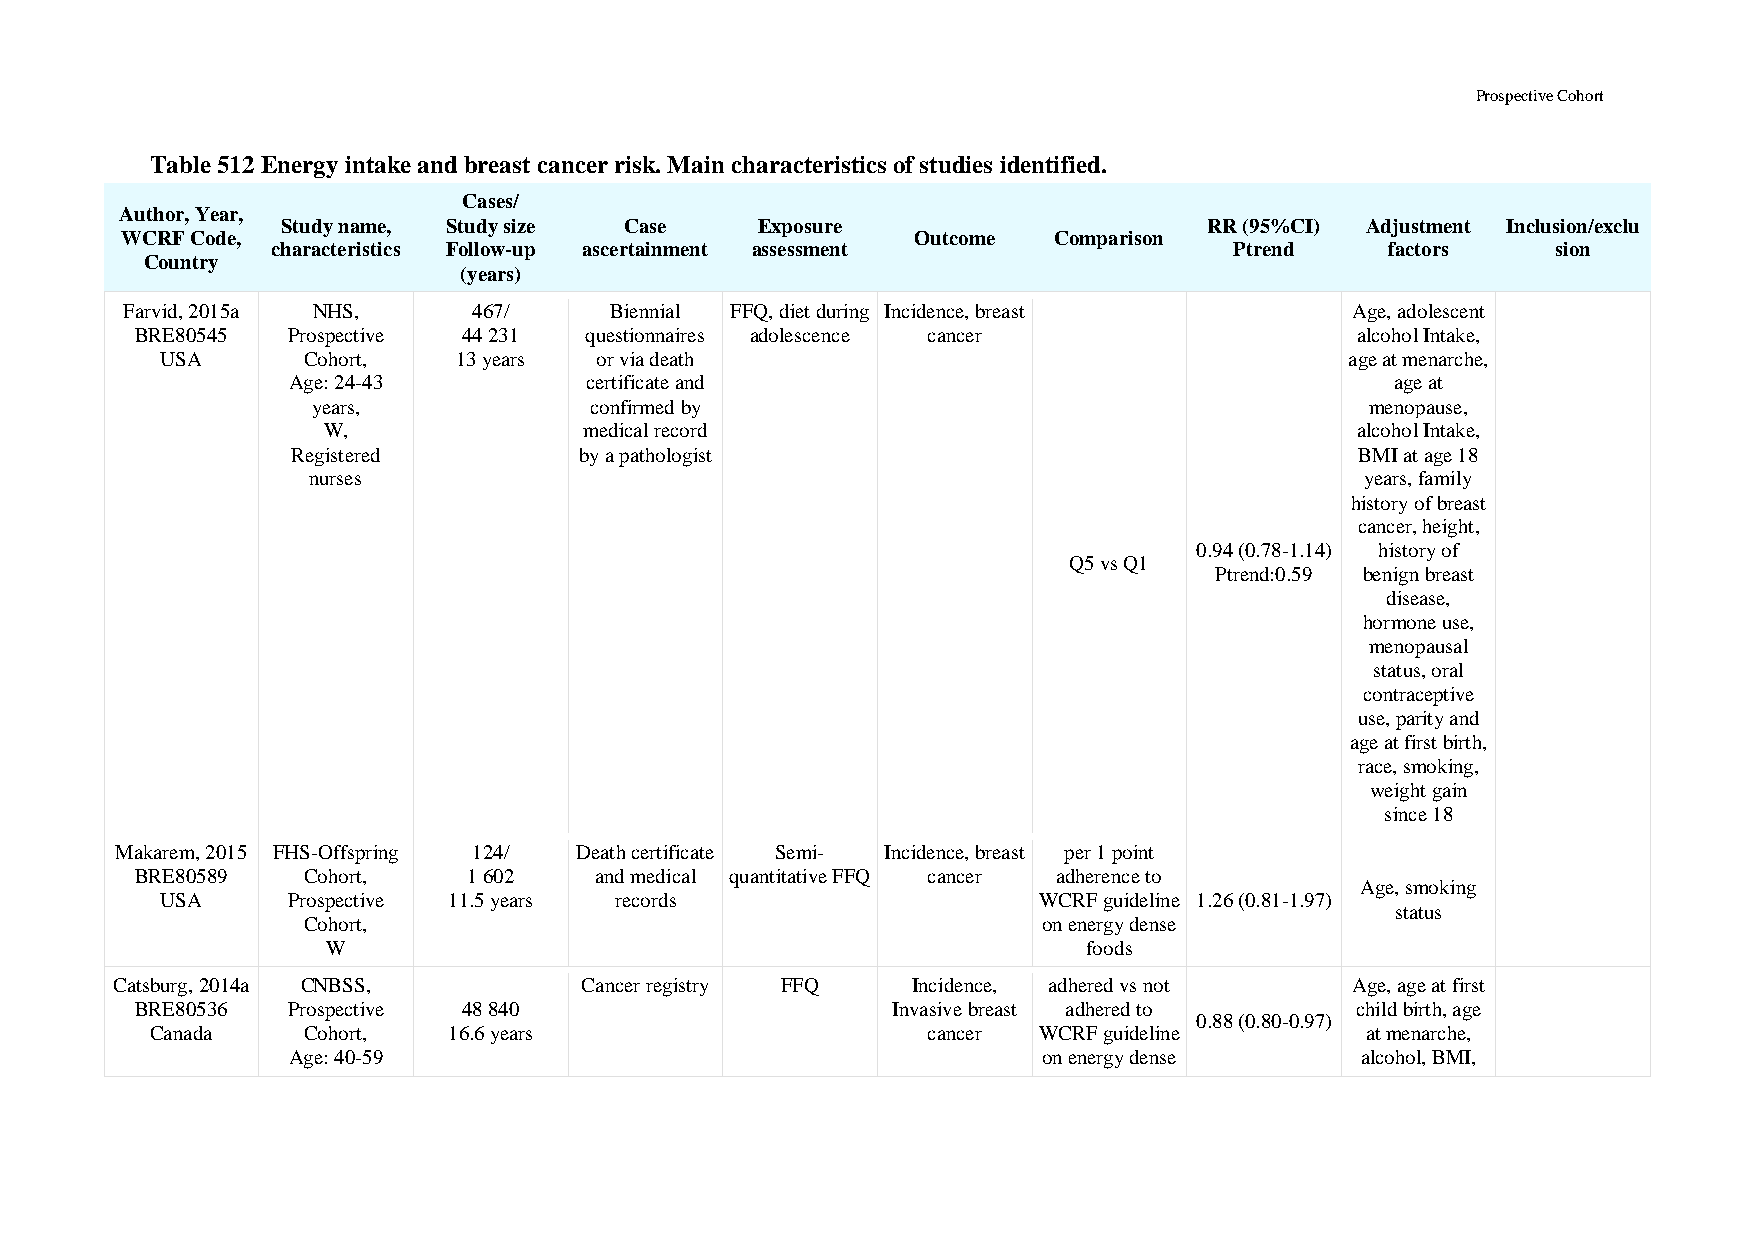
Prospective Cohort
 Table 512 Energy intake and breast cancer risk. Main characteristics of studies identified.
 Cases/
 Author, Year,
 Study name, Study size Case    Exposure                      RR (95%CI) Adjustment Inclusion/exclu
 WCRF Code,                                           Outcome  Comparison
 characteristics Follow-up ascertainment assessment              Ptrend    factors    sion
 Country
 (years)
 Farvid, 2015a NHS,     467/     Biennial FFQ, diet during Incidence, breast       Age, adolescent
 BRE80545  Prospective 44 231  questionnaires adolescence cancer                  alcohol Intake,
 USA      Cohort,   13 years or via death                                      age at menarche,
 Age: 24-43          certificate and                                      age at
 years,            confirmed by                                        menopause,
 W,                medical record                                     alcohol Intake,
 Registered         by a pathologist                                    BMI at age 18
 nurses                                                                years, family
 history of breast
 cancer, height,
 0.94 (0.78-1.14) history of
 Q5 vs Q1
 Ptrend:0.59 benign breast
 disease,
 hormone use,
 menopausal
 status, oral
 contraceptive
 use, parity and
 age at first birth,
 race, smoking,
 weight gain
 since 18
 Makarem, 2015 FHS-Offspring 124/ Death certificate Semi- Incidence, breast per 1 point
 BRE80589   Cohort,    1 602   and medical quantitative FFQ cancer adherence to
 Age, smoking
 USA     Prospective 11.5 years records                    WCRF guideline 1.26 (0.81-1.97)
 status
 Cohort,                                          on energy dense
 W                                                 foods
 Catsburg, 2014a CNBSS,         Cancer registry FFQ   Incidence, adhered vs not     Age, age at first
 BRE80536  Prospective 48 840                      Invasive breast adhered to     child birth, age
 0.88 (0.80-0.97)
 Canada    Cohort,   16.6 years                     cancer  WCRF guideline       at menarche,
 Age: 40-59                                        on energy dense      alcohol, BMI,